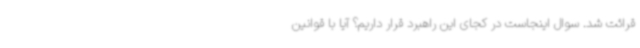
قرائت شد. سوال اینجاست در کجای این راهبرد قرار داریم؟ آیا با قوانین